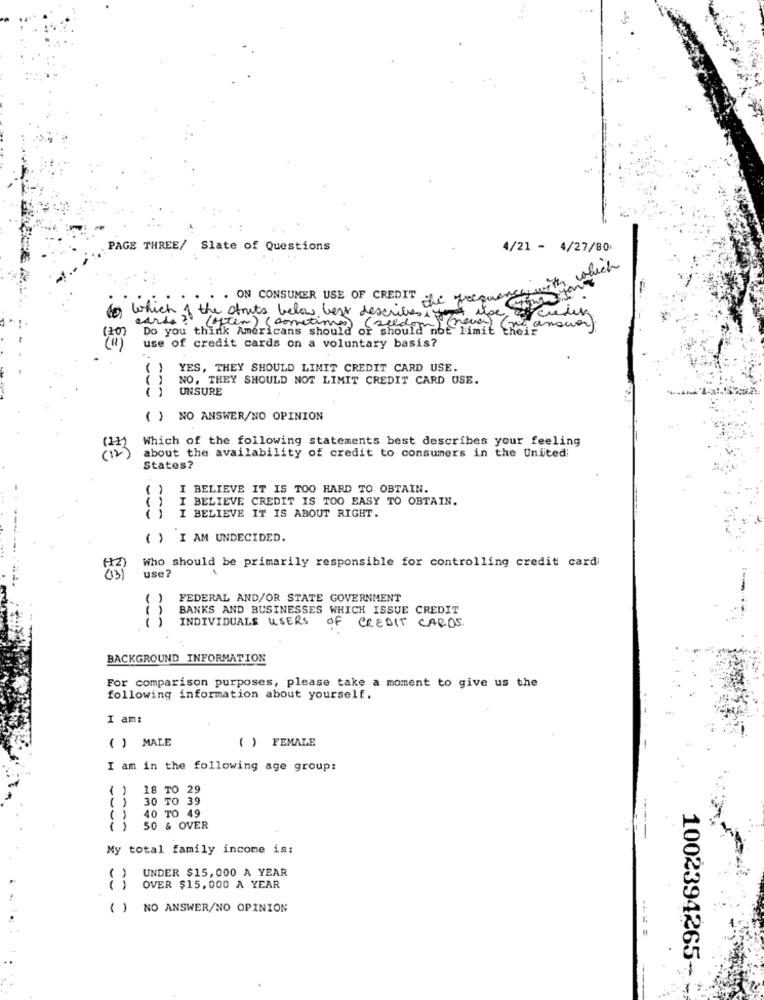
PAGE THREE/ Slate of Questions
4/21 - 4/27/80
which
. . ON CONSUMER USE OF CREDIT
credi
which of the atouts below best describes, use,
120
cards ? (often) (cometimes).
Do you think Americans should or should not limit proanswer
use of credit cards on a voluntary basis?
( )
YES, THEY SHOULD LIMIT CREDIT CARD USE.
()
NO, THEY SHOULD NOT LIMIT CREDIT CARD USE.
UNSURE
( ) NO ANSWER/NO OPINION
Which of the following statements best describes your feeling
about the availability of credit to consumers in the United;
States?
( ) I BELIEVE IT IS TOO HARD TO OBTAIN.
( ) I BELIEVE CREDIT IS TOO EASY TO OBTAIN.
I BELIEVE IT IS ABOUT RIGHT.
( ) I AM UNDECIDED.
Who should be primarily responsible for controlling credit card
use?
( )
FEDERAL AND/OR STATE GOVERNMENT
BANKS AND BUSINESSES WHICH ISSUE CREDIT
INDIVIDUALS USERS
OF CREDIT CARDS.
BACKGROUND INFORMATION
For comparison purposes, please take a moment to give us the
following information about yourself.
I am:
( ) FEMALE
( ) MALE
I am in the following age group:
,
18 TO 29
) 30 TO 39
40 TO 49
----
50 & OVER
My total family income is:
UNDER $15,000 A YEAR
OVER $15,000 A YEAR
()
NO ANSWER/NO OPINION
1002394265